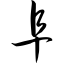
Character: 阜